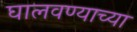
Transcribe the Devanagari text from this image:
घालवण्याच्या